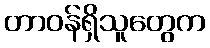
တာဝန်ရှိသူတွေက